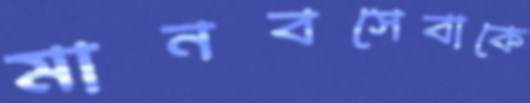
মানবসেবাকে